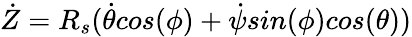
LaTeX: \dot{Z}=R_{s}(\dot{\theta}cos(\phi)+\dot{\psi}sin(\phi)cos(\theta))